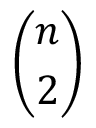
\binom { n } { 2 }